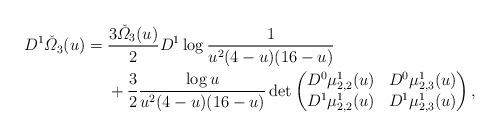
LaTeX: \begin{align*}D^{1}\check \varOmega_3(u)={}&\frac{3\check\varOmega_3(u)}{2}D^1\log\frac{1}{u^2 (4-u) ( 16-u)}\\{}&+\frac{3}{2}\frac{\log u}{u^2 (4-u) ( 16-u)}\det\begin{pmatrix}D^0\mu^1_{2,2}(u) & D^0\mu^1_{2,3}(u) \\D^1\mu^1_{2,2}(u) & D^1\mu^1_{2,3}(u) \\\end{pmatrix},\end{align*}